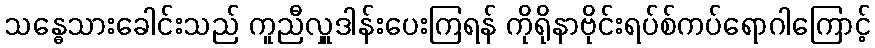
သန္ဓေသားခေါင်းသည် ကူညီလှူဒါန်းပေးကြရန် ကိုရိုနာဗိုင်းရပ်စ်ကပ်ရောဂါကြောင့်